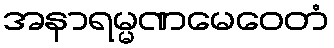
အနာရမ္မဏမေဝေတံ